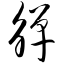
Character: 觯